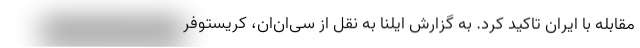
مقابله با ایران تاکید کرد. به گزارش ایلنا به نقل از سی‌ان‌ان، کریستوفر